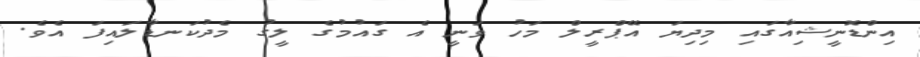
އިންޑޮނީޝިއާގައި މިދިޔަ އޭޕްރީލް މަހު ވަނީ އެ ގައުމުގެ ލީގު މެދުކަނޑާލައިފަ އެވެ.